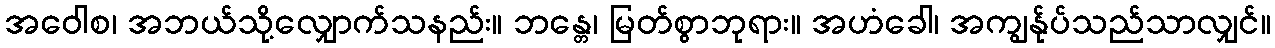
အဝေါစ၊ အဘယ်သို့လျှောက်သနည်း။ ဘန္တေ၊ မြတ်စွာဘုရား။ အဟံခေါ၊ အကျွန်ုပ်သည်သာလျှင်။